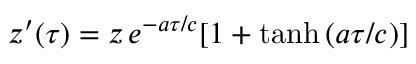
z ^ { \prime } ( \tau ) = z \, e ^ { - a \tau / c } [ 1 + \operatorname { t a n h } { ( a \tau / c ) } ]